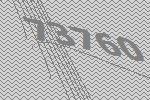
73760